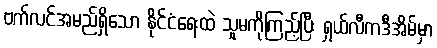
ဗက်လင်အမည်ရှိသော နိုင်ငံရေးထဲ သူမကိုကြည့်ပြီး ရှယ်လီကဒီအိမ်မှာ